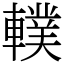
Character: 轐